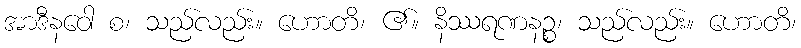
အာဒီနဝေါ စ၊ သည်လည်း။ ဟောတိ၊ ၏။ နိဿရဏနဉ္စ၊ သည်လည်း။ ဟောတိ၊